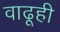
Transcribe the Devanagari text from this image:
वाढूही